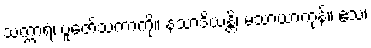
သက္ကာရံ၊ ပူဇော်သကာကို။ နသာဒိယန္တိ၊ မသာယာကုန်။ ဧသ၊